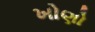
ખોણો